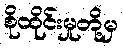
စိုထိုင်းမှုတို့မှ